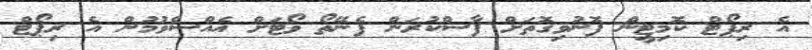
އެ ރިޕޯޓް ކޮމިޓީން ފޮނުވިގޮތަށް ފާސްކުރަން ފެނޭތޯ ވޯޓަށް އެއްސެވުމުން އެ ރިޕޯޓް